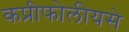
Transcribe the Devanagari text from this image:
कप्रीफोलीयसे